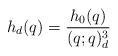
LaTeX: \begin{align*} h_d(q) = \frac{h_0(q)}{(q;q)_d^3} \end{align*}